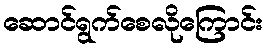
ဆောင်ရွက်စေလိုကြောင်း